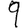
Digit: 9